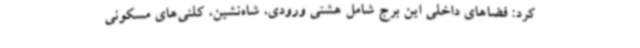
کرد: فضاهای داخلی این برج شامل هشتی ورودی، شاه‌نشین، کلنی‌های مسکونی